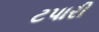
ટપારી